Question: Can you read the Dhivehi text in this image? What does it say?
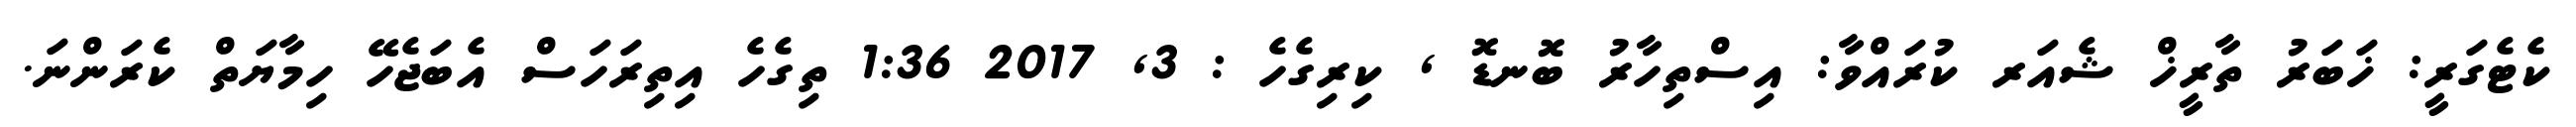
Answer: ކެޓެގަރީ: ޚަބަރު ތާރީޚް ޝެއަރ ކުރައްވާ: އިސްތިހާރު ބޮނޑޮ , ކިރިގެހެ : 3, 2017 1:36 ތިގެހެ އިތިރަހަސް އެބަޖެހޭ ހިމާޔަތް ކެރަންނަ.